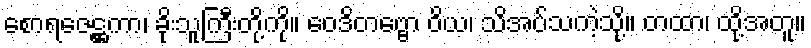
စောရဇေဋ္ဌကာ၊ ခိုးသူကြီးတို့ကို။ ဝေဒိတဗ္ဗော ဝိယ၊ သိအပ်သကဲ့သို့။ တထာ၊ ထို့အတူ။